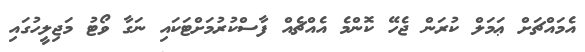
އެމައްޗަށް ޢަމަލް ކުރަން ޖެހޭ ކޮންމެ އެއްޗެއް ފާސްކުރުމަށްޓަކައި ނަގާ ވޯޓު މަޖިލީހުގައި